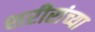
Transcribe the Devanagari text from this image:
शरीरांच्या